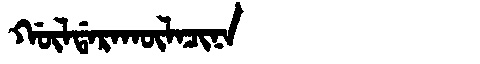
Manchu: ᡤᡡᠯᡩᠠᡵᠠᡴᡡᠯᠠᠴᡳᠨᠠ
Romanization: GŪLDARAKŪLACINA